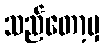
သည်တော့မှ